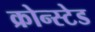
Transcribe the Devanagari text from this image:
क्रोन्स्टेड